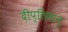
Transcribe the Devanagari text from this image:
दीप्तिमान्